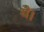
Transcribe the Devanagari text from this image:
थेै।